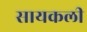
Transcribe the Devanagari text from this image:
सायकली